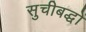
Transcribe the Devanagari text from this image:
सुचीबद्धों